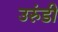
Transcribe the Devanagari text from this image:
उरुंडी